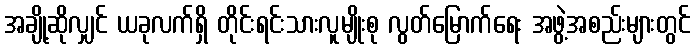
အချို့ဆိုလျှင် ယခုလက်ရှိ တိုင်းရင်းသားလူမျိုးစု လွတ်မြောက်ရေး အဖွဲ့အစည်းများတွင်